DOW-UAP-D49, Launch Summary, Vandenberg AFB, 2000
Agency: Department of War
Incident date: 2/3/00
Page 67
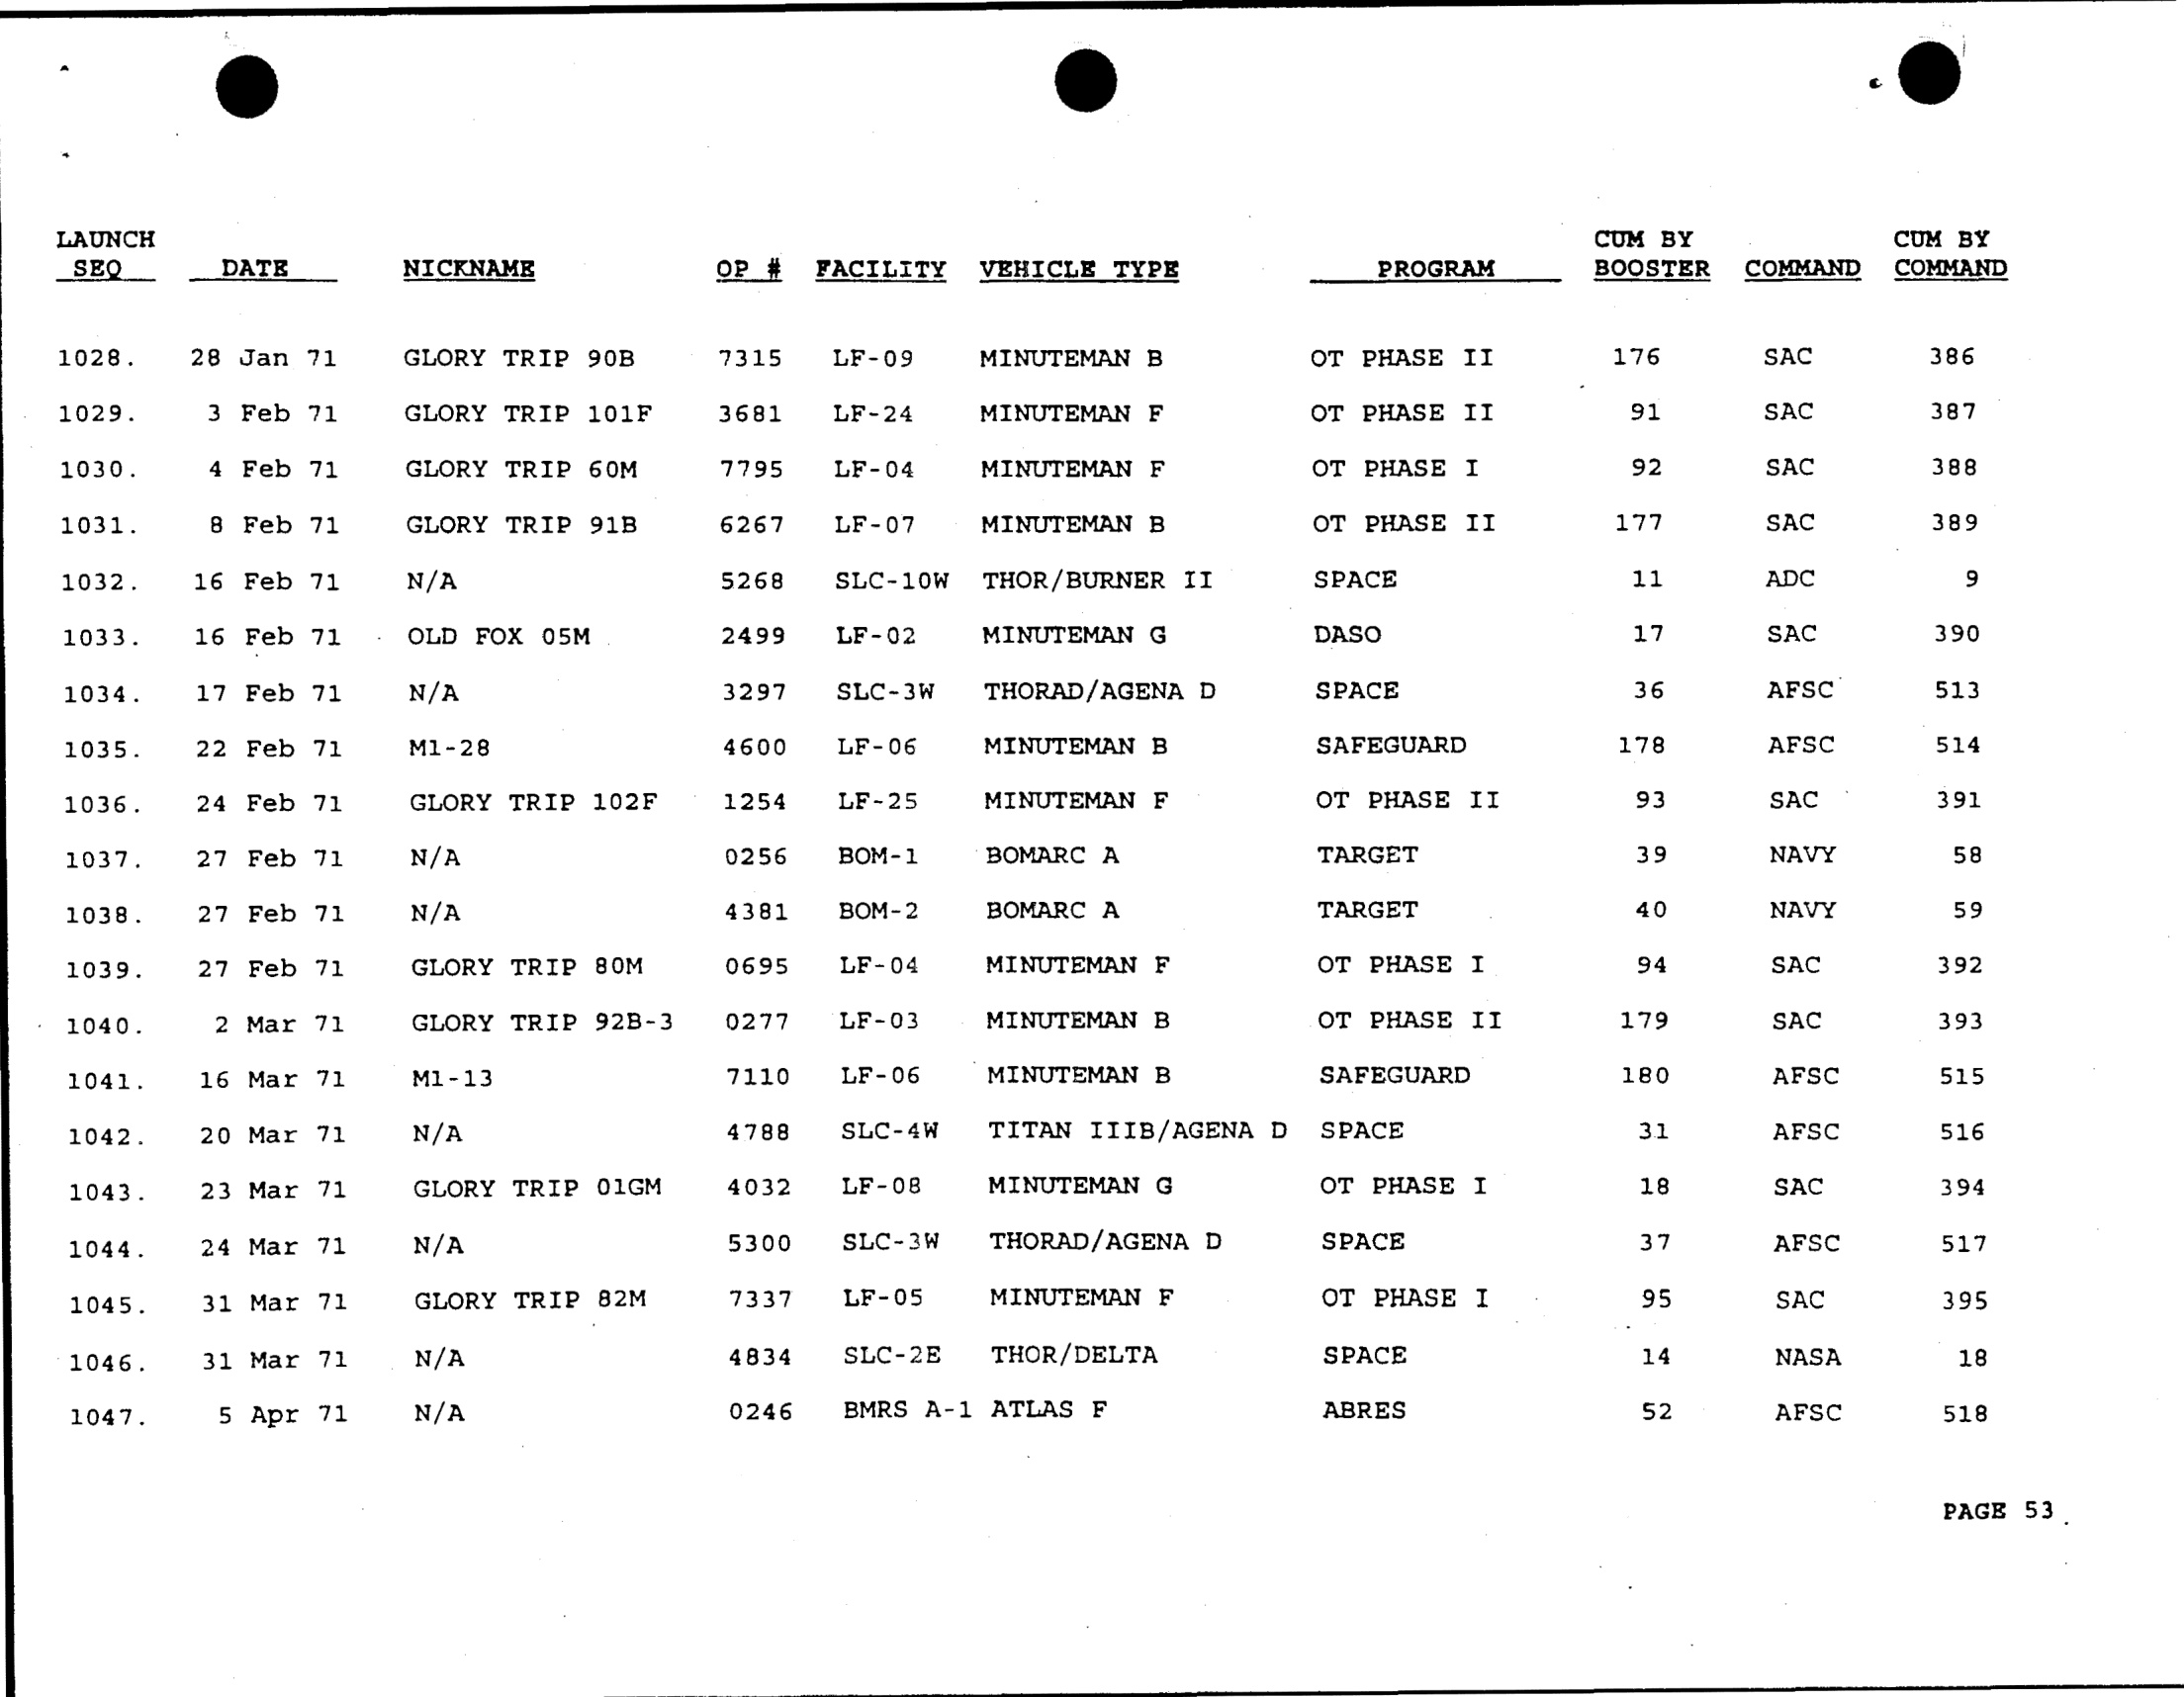